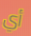
أي